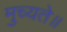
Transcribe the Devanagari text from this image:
मुच्यते॥